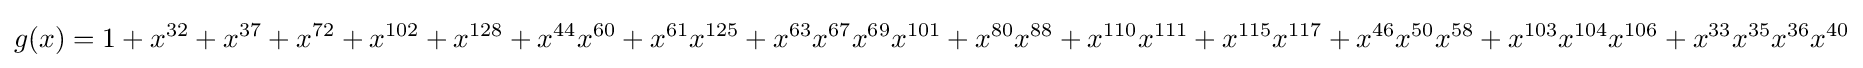
g(x)=1+x^{32}+x^{37}+x^{72}+x^{102}+x^{128}+x^{44}x^{60}+x^{61}x^{125}+x^{63}x^{67}x^{69}x^{101}+x^{80}x^{88}+x^{110}x^{111}+x^{115}x^{117}+x^{46}x^{50}x^{58}+x^{103}x^{104}x^{106}+x^{33}x^{35}x^{36}x^{40}